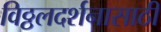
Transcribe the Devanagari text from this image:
विठ्ठलदर्शनासाठी